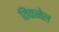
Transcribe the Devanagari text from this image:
तिंकनेल